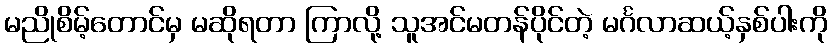
မညိုစိမ့်တောင်မှ မဆိုရတာ ကြာလို့ သူအင်မတန်ပိုင်တဲ့ မင်္ဂလာဆယ့်နှစ်ပါးကို